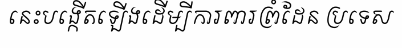
នេះបង្កើតឡើងដើម្បីការពារព្រំដែន ប្រទេស